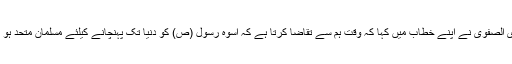
آغا سید حسن الموسوی الصفوی نے اپنے خطاب میں کہا کہ وقت ہم سے تقاضا کرتا ہے کہ اسوۂ رسول (ص) کو دنیا تک پہنچانے کیلئے مسلمان متحد ہو کر اپنا رول ادا کریں۔